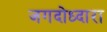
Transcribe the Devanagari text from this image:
जगदोध्दारा